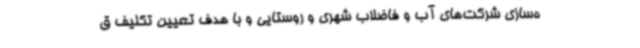
ه‌سازی شرکت‌های آب و فاضلاب شهری و روستایی و با هدف تعیین تکلیف ق